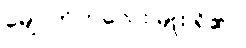
မျောက်ကလေး မျိုး ရှိ၏။